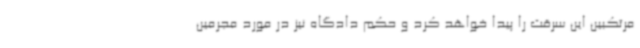
مرتکبین این سرقت را پیدا خواهد کرد و حکم دادگاه نیز در مورد مجرمین